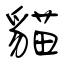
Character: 貓